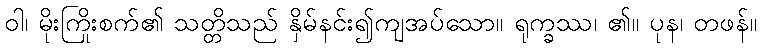
ဝါ၊ မိုးကြိုးစက်၏ သတ္တိသည် နှိမ်နင်း၍ကျအပ်သော။ ရုက္ခဿ၊ ၏။ ပုန၊ တဖန်။